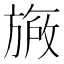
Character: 𬀐